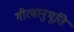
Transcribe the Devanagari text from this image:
गौरवानुभूति